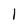
Character: 1